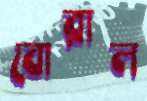
বোরাল